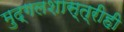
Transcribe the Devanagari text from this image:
मुद्गलशास्त्रीही